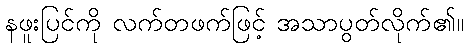
နဖူးပြင်ကို လက်တဖက်ဖြင့် အသာပွတ်လိုက်၏။